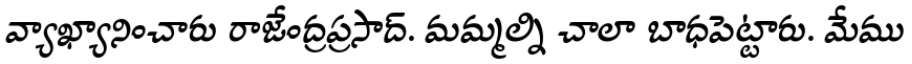
వ్యాఖ్యానించారు రాజేంద్రప్రసాద్. మమ్మల్ని చాలా బాధపెట్టారు. మేము